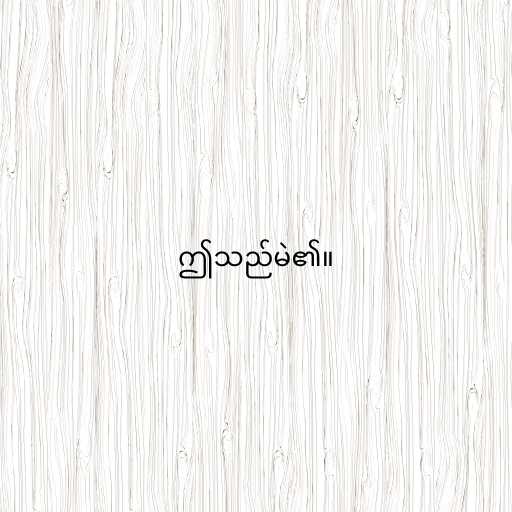
ဤသည်မဲ၏။